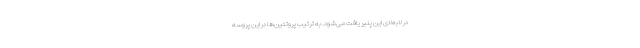
در لابه‌لای این پنیر یافت می‌شود. به ترتیب پروتئین‌ها در این پروسه